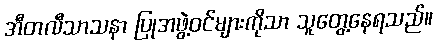
အီတလီသာသနာ ပြုအဖွဲ့ဝင်များကိုသာ သူတွေ့နေရသည်။